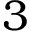
3